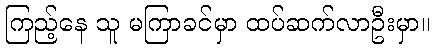
ကြည့်နေ သူ မကြာခင်မှာ ထပ်ဆက်လာဦးမှာ။